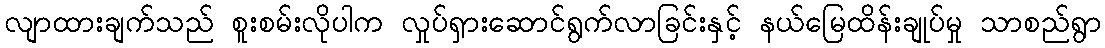
လျာထားချက်သည် စူးစမ်းလိုပါက လှုပ်ရှားဆောင်ရွက်လာခြင်းနှင့် နယ်မြေထိန်းချုပ်မှု သာစည်ရွာ